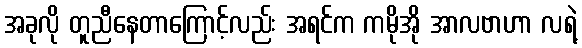
အခုလို တူညီနေတာကြောင့်လည်း အရင်က ကမိုအို အာလဗာဟာ လရဲ့